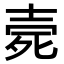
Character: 𣨑